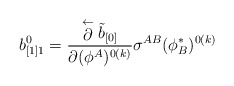
\begin{align*}b_{[1]1}^0 ={\stackrel{\leftarrow}{\partial}\tilde b_{[0]}\over\partial(\phi^A)^{0(k)}}\sigma^{AB}(\phi^{*}_{B})^{0(k)}\end{align*}